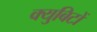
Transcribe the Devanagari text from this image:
क्युबिटों